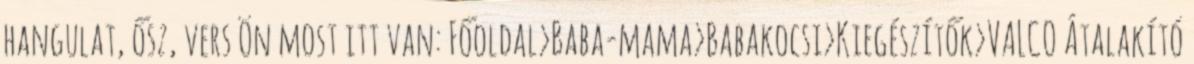
hangulat, ősz, vers Ön most itt van: Főoldal›Baba-mama›Babakocsi›Kiegészítők›VALCO Átalakító